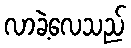
လာခဲ့လေသည်